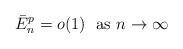
\begin{align*}\bar{E}_{n}^{p}=o(1)\ \ \mbox{as $n\to\infty$}\end{align*}